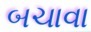
બચાવા